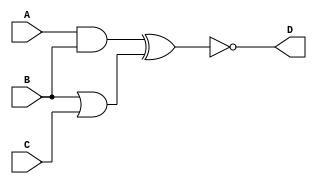
module complex_logic_gate (
    input wire A,
    input wire B,
    input wire C,
    output reg D
);

// Combinational logic blocks
wire AB_AND;
wire BC_OR;
wire ABC_XOR;

assign AB_AND = A & B;
assign BC_OR = B | C;
assign ABC_XOR = AB_AND ^ BC_OR;

// NOT operation on output
always @(ABC_XOR)
begin
    D <= ~ABC_XOR;
end

endmodule